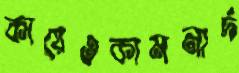
কায়েওকামনার্দ